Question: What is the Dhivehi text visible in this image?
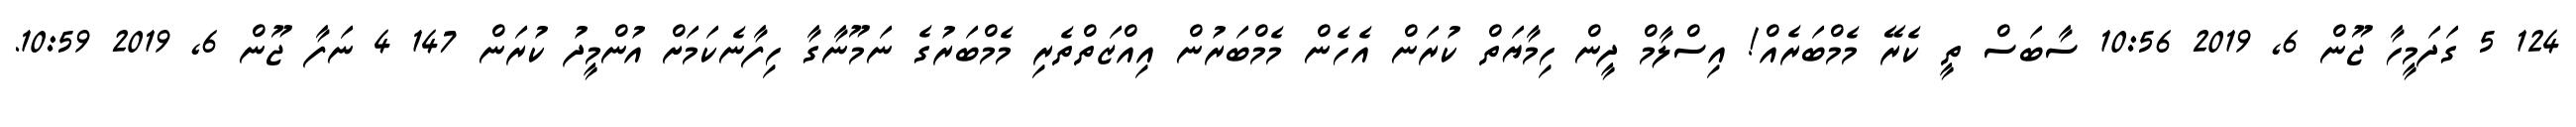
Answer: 124 5 ގަދަމީހާ ޖޫން 6, 2019 10:56 ސާބަސް ތީ ކެރޭ މެމްބަރެއް! އިސްލާމް ދީން ހިމާޔަތް ކުރަން އެހެން މެމްބަރުން އިއްޒަތްތެރި މެމްބަރުގެ ނަމޫނާގާ ހިފާނެކަމަށް އުންމީދު ކުރަން 147 4 ނަފާ ޖޫން 6, 2019 10:59.